Leningradi_Edasi_toimetus, lk 226
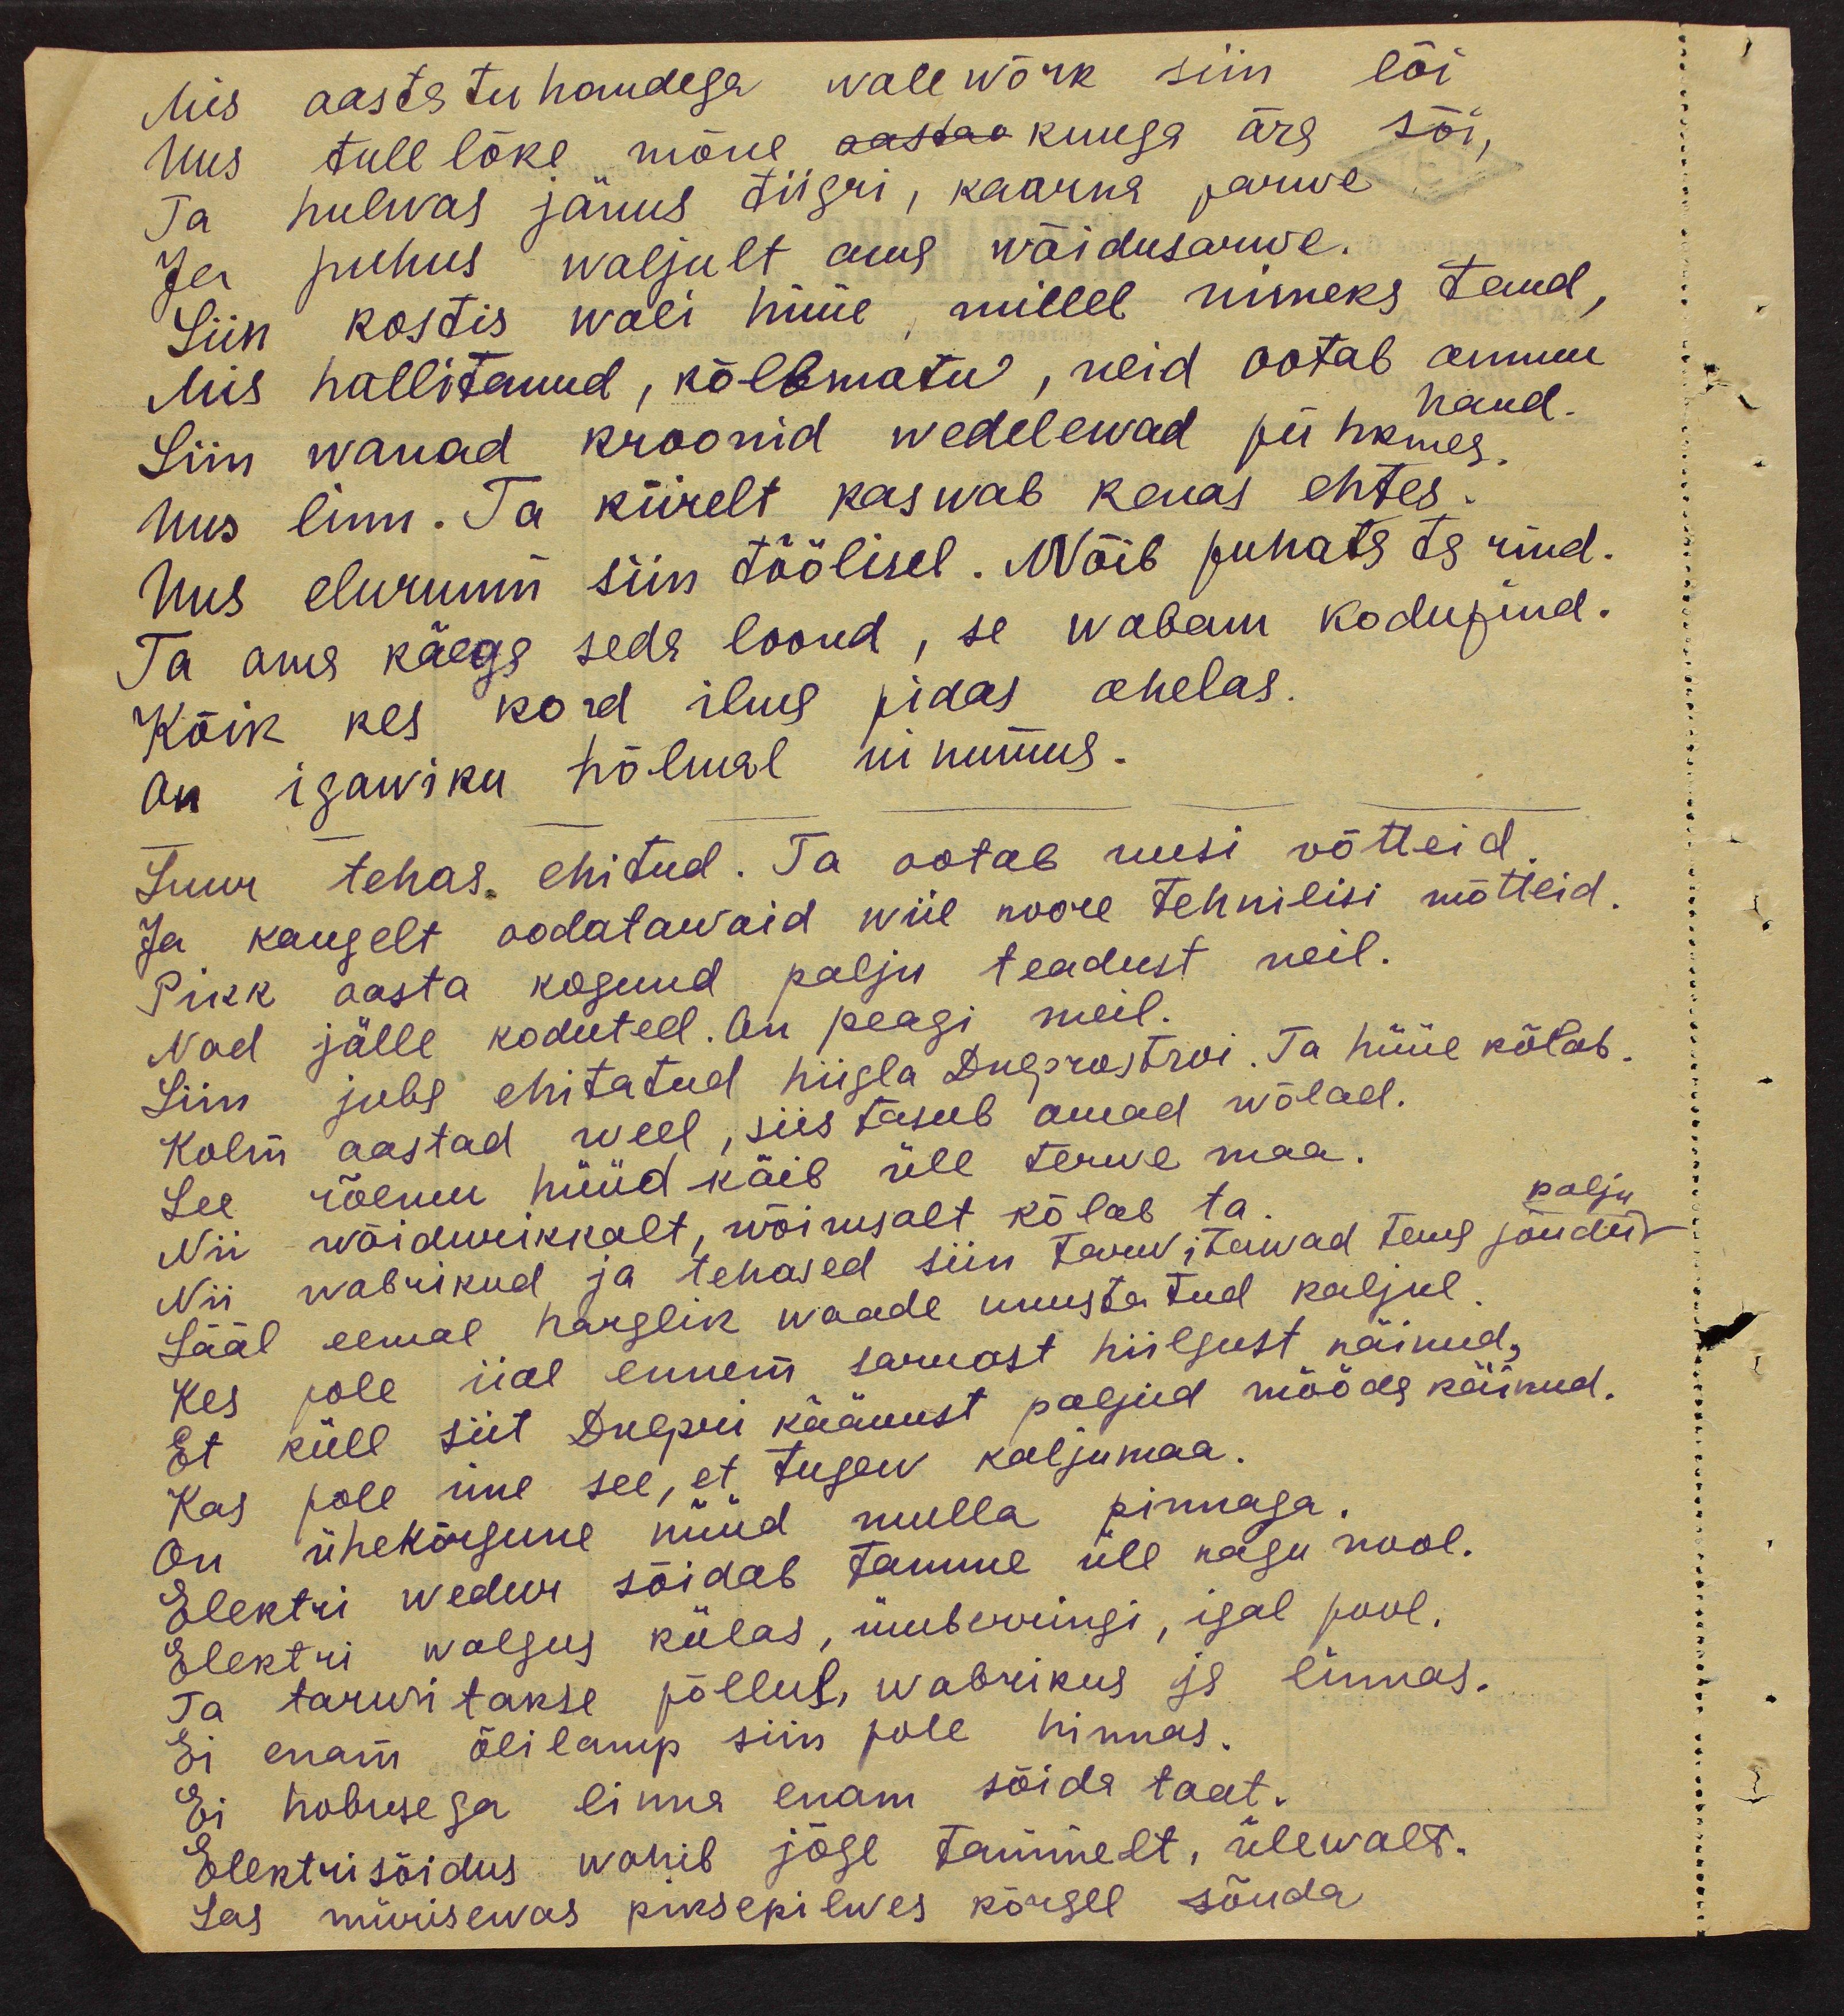
Mis aastatuhandega walewõrk siin lõi
Uus tulelõke mõne kuuga ära sõi,
Ta hulwas jänus tiigri, kaarna parwe
Ja puhus waljult oma wõidusarwe.
Siin kostis wali hüüe millel nimeks taud,
Mis hallitanud, kõlbmatu, neid ootab ammu
haud.
Siin wanad kroonid wedelewad pühkmes-
Uus linn. Ta kiirelt kaswab kenas ehtes.
Uus eluruum siin töölisel. Näib puhas ta rind.
Ta oma käega seda loond, se wabam kodupind.
Kõik kes kord ilma pidas ahelas.
On igawiku hõlmal uinumas.
Suur tehas ehitud. Ta ootab uusi võtteid
Ja kaugelt oodatawaid wiie noore tehnilisi mõtteid.
Pikk aasta kogund palju teadust neil.
Siin juba ehitatud hiigla Ingorostroi. Ta hüüe kõlab.
Nad jälle koduteel. On peagi meil.
Kolm aastad weel, siis tasub omad wõlad.
See rõemu hüüd käib üle terwe maa.
Nii wõiduurikkalt, võimsalt kõlab ta
palju.
Nii wabrikud ja tehased siin tarwitawad tema jõudu
Sääl eemal harglik waade unustatud kaljul
Kes pole iial ennem sarnast hiilgust näinud,
Et küll siit Dnepri käänust paljud mööd käinud.
Kas pole ime see, et tugew kaljumaa.
on ühekõrgune nüüd mulla pinnaga.
Elektri wedur sõidab tamme üle nagu nool.
Elektri walgus külas, ümberringi, igal pool,
Ta tarwitakse põllus, wabrikus ja linnas.
Ei enam õlilamp siin pole hinnas.
Ei hobusega linna enam sõida taat.
Elektrisõidus wahib jõge tammelt, ülewalt.
Las mürisevas piksepilwes kõrgel sõuda